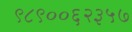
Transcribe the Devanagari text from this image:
९८९००६२३५७